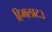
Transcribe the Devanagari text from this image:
हिमलाट३